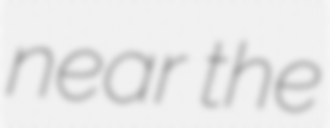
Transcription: near the